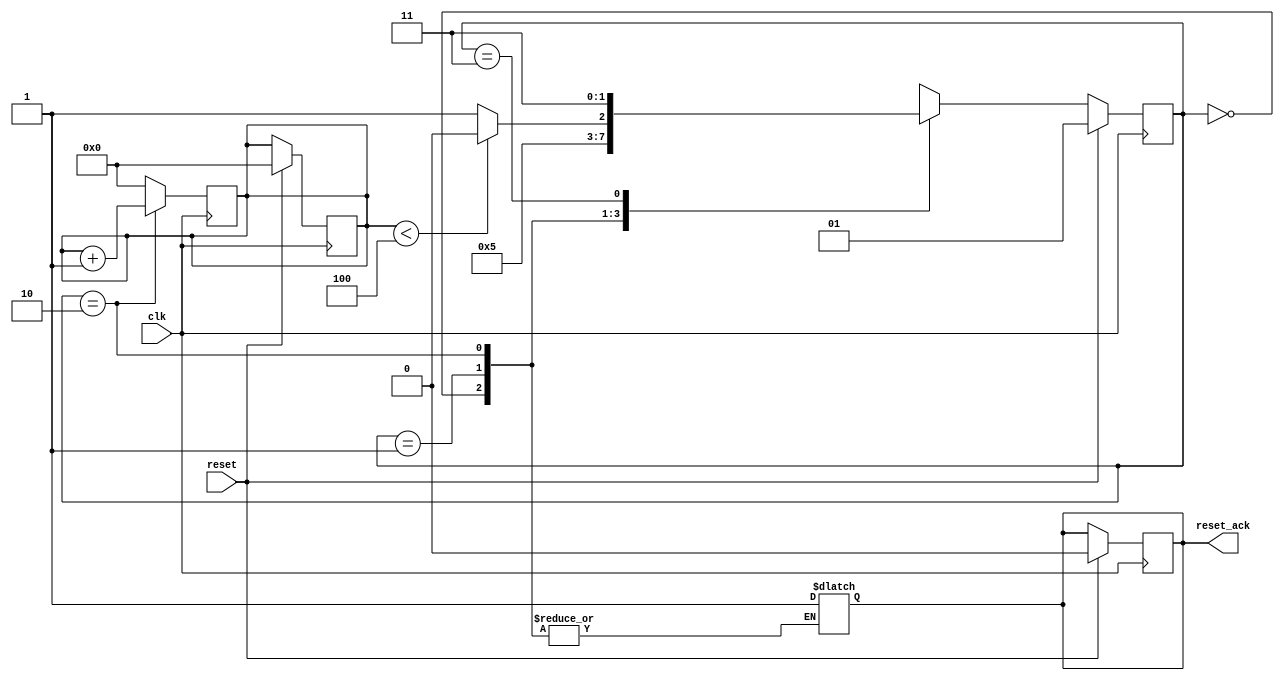
module reset_detector (
    input wire clk,           // Clock signal
    input wire reset,         // Synchronous reset signal (active high)
    output reg reset_ack      // Reset acknowledgment signal (active high)
);

    parameter STABILIZATION_DELAY = 4; // Number of clock cycles to wait after reset deassertion
    parameter IDLE = 2'b00;              // State: Idle
    parameter RESET = 2'b01;             // State: Reset
    parameter STABILIZATION = 2'b10;     // State: Stabilization
    parameter ACKNOWLEDGE = 2'b11;       // State: Acknowledge

    reg [1:0] state;                     // Current state
    reg [1:0] next_state;                // Next state
    reg [3:0] counter;                   // Counter for stabilization delay

    // State transition logic
    always @(posedge clk) begin
        if (reset) begin
            state <= RESET;               // Transition to RESET state on reset
            reset_ack <= 1'b0;            // Ensure reset_ack is low during reset
            counter <= 0;                 // Reset the counter
        end else begin
            state <= next_state;          // Transition to the next state
        end
    end

    // Next state and output logic
    always @(*) begin
        case (state)
            IDLE: begin
                if (reset) begin
                    next_state = RESET;       // Go to RESET state if reset is active
                end else begin
                    next_state = IDLE;        // Remain in IDLE state
                end
            end
            
            RESET: begin
                if (!reset) begin
                    next_state = STABILIZATION; // Go to STABILIZATION after reset is deasserted
                end else begin
                    next_state = RESET;         // Remain in RESET state while reset is active
                end
            end
            
            STABILIZATION: begin
                if (counter < STABILIZATION_DELAY) begin
                    next_state = STABILIZATION; // Continue counting
                end else begin
                    next_state = ACKNOWLEDGE;   // Transition to ACKNOWLEDGE after delay
                end
            end
            
            ACKNOWLEDGE: begin
                reset_ack = 1'b1;                // Set reset_ack high
                if (reset) begin
                    next_state = RESET;          // Go back to RESET if reset is asserted
                end else begin
                    next_state = ACKNOWLEDGE;    // Remain in ACKNOWLEDGE state
                end
            end
            
            default: begin
                next_state = IDLE;              // Default state
            end
        endcase
    end

    // Counter logic for stabilization delay
    always @(posedge clk) begin
        if (state == STABILIZATION) begin
            counter <= counter + 1;          // Increment counter during STABILIZATION
        end else begin
            counter <= 0;                     // Reset counter in other states
        end
    end

endmodule